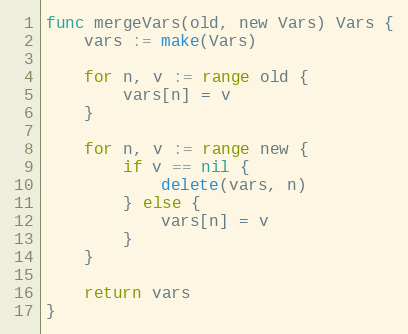
Language: Go
func mergeVars(old, new Vars) Vars {
	vars := make(Vars)

	for n, v := range old {
		vars[n] = v
	}

	for n, v := range new {
		if v == nil {
			delete(vars, n)
		} else {
			vars[n] = v
		}
	}

	return vars
}